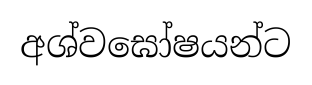
අශ්වඝෝෂයන්ට